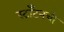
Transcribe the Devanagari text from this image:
स्टाँटनची